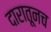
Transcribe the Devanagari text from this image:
दारातूनच